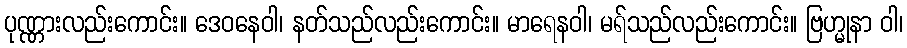
ပုဏ္ဏားလည်းကောင်း။ ဒေဝနေဝါ၊ နတ်သည်လည်းကောင်း။ မာရေနဝါ၊ မရ်သည်လည်းကောင်း။ ဗြဟ္မုနာ ဝါ၊